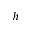
h